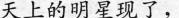
天上的明星现了，